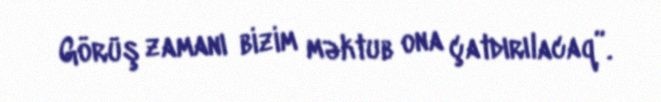
Görüş zamanı bizim məktub ona çatdırılacaq”.